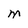
Character: M